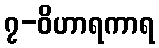
၇-ဝိဟာရကာရ